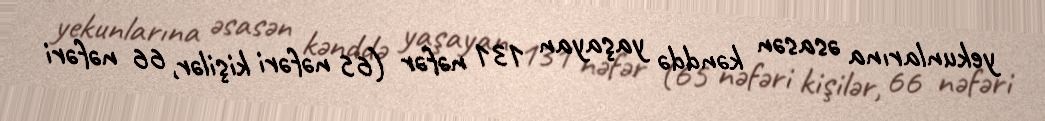
yekunlarına əsasən kənddə yaşayan 131 nəfər (65 nəfəri kişilər, 66 nəfəri